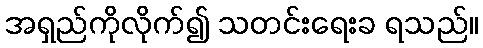
အရှည်ကိုလိုက်၍ သတင်းရေးခ ရသည်။